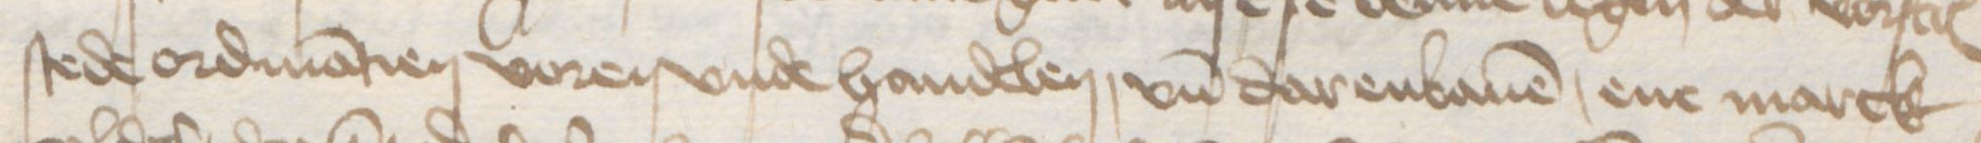
stede ordinatien voren vnde handelen, vnd darenbauen, ene marck